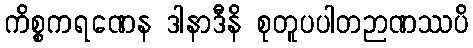
ကိစ္စကရဏေန ဒါနာဒီနိ စုတူပပါတဉာဏဿပိ